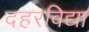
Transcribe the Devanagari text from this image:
दहरविद्या